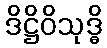
ဒိဋ္ဌိဝိသုဒ္ဓိ